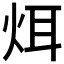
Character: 𪸥